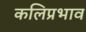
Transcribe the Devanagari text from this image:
कलिप्रभाव